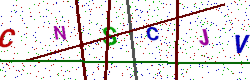
Text: CNSCJV